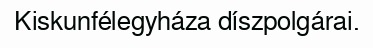
Kiskunfélegyháza díszpolgárai.